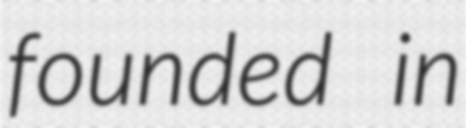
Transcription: founded in